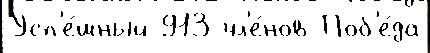
Усп'е́шный 913 чл'е́нов Поб'е́да